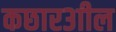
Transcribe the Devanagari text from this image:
कछार३ाील